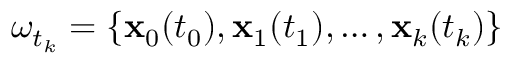
\omega _ { t _ { k } } = \{ \mathbf { x } _ { 0 } ( t _ { 0 } ) , \mathbf { x } _ { 1 } ( t _ { 1 } ) , \ldots , \mathbf { x } _ { k } ( t _ { k } ) \}